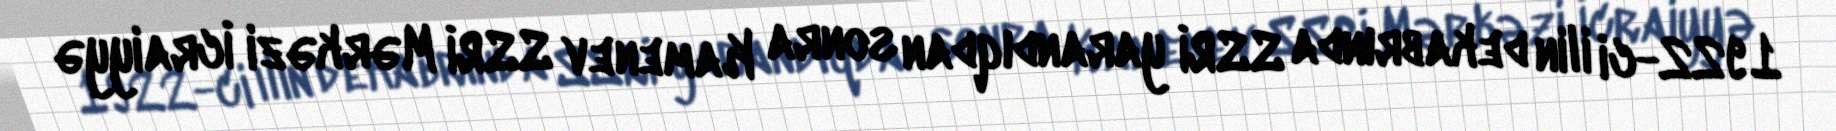
1922-ci ilin dekabrında SSRİ yarandıqdan sonra Kamenev SSRİ Mərkəzi İcraiyyə